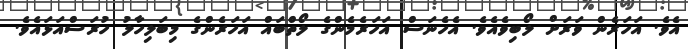
އެވެ. އަހަރެން ވަރަށް ލޯބިވެއެވެ. އެހެނަސް އަހަރެމެންގެ ލޯތްބައް އަހަރެންގެ މިބަލިހާލު ހުރަސްއަޅައެވެ.